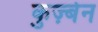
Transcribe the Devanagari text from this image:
कुर्ज़्बन